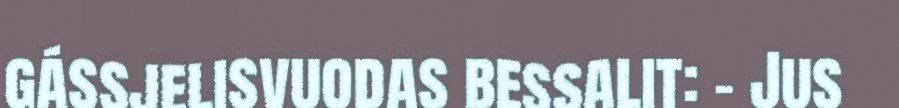
gássjelisvuodas bessalit: – Jus